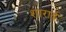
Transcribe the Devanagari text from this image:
शाराई